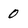
Character: 0